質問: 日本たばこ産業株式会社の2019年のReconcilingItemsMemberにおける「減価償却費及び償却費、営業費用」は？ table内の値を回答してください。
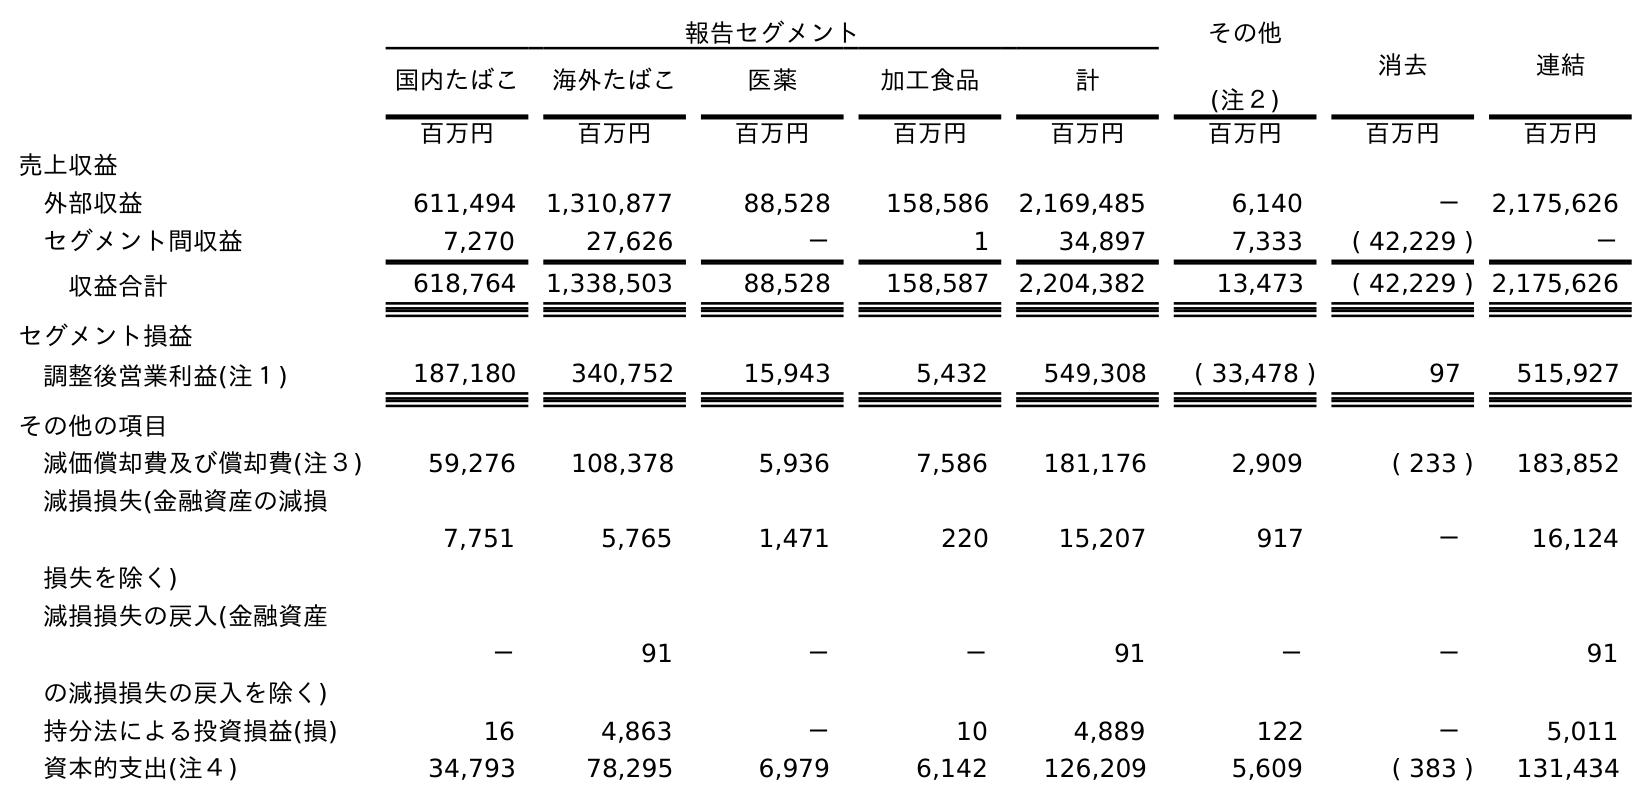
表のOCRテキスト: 報告セグメント その他 (注２) 消去 連結 国内たばこ 海外たばこ 医薬 加工食品 計 百万円 百万円 百万円 百万円 百万円 百万円 百万円 百万円 売上収益 外部収益 611,494 1,310,877 88,528 158,586 2,169,485 6,140 － 2,175,626 セグメント間収益 7,270 27,626 － 1 34,897 7,333 ( 42,229 ) － 収益合計 618,764 1,338,503 88,528 158,587 2,204,382 13,473 ( 42,229 ) 2,175,626 セグメント損益 調整後営業利益(注１) 187,180 340,752 15,943 5,432 549,308 ( 33,478 ) 97 515,927 その他の項目 減価償却費及び償却費(注３) 59,276 108,378 5,936 7,586 181,176 2,909 ( 233 ) 183,852 減損損失(金融資産の減損 損失を除く) 7,751 5,765 1,471 220 15,207 917 － 16,124 減損損失の戻入(金融資産 の減損損失の戻入を除く) － 91 － － 91 － － 91 持分法による投資損益(損) 16 4,863 － 10 4,889 122 － 5,011 資本的支出(注４) 34,793 78,295 6,979 6,142 126,209 5,609 ( 383 ) 131,434
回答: (233)